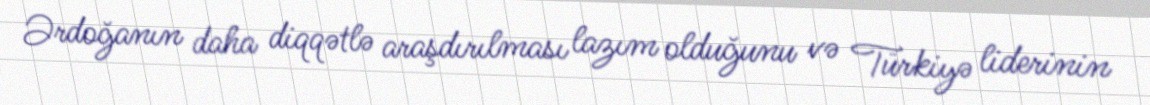
Ərdoğanın daha diqqətlə araşdırılması lazım olduğunu və Türkiyə liderinin